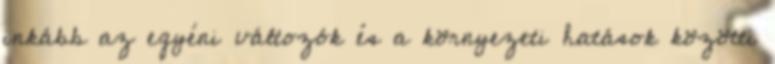
inkább az egyéni változók és a környezeti hatások közötti